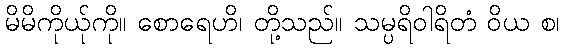
မိမိကိုယ်ုကို။ စောရေဟိ၊ တို့သည်။ သမ္ပရိဝါရိတံ ဝိယ စ၊